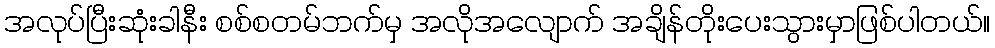
အလုပ်ပြီးဆုံးခါနီး စစ်စတမ်ဘက်မှ အလိုအလျောက် အချိန်တိုးပေးသွားမှာဖြစ်ပါတယ်။